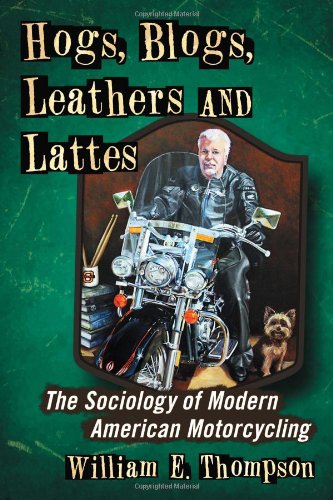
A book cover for Hogs, Blogs, Leathers and Lattes: The Sociology of Modern American Motorcycling; William E. Thompson; Sports & Outdoors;